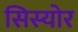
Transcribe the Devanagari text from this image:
सिस्योर